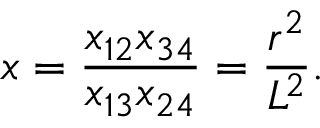
x = \frac { x _ { 1 2 } x _ { 3 4 } } { x _ { 1 3 } x _ { 2 4 } } = \frac { r ^ { 2 } } { L ^ { 2 } } .